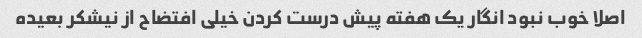
اصلا خوب نبود انگار یک هفته پیش درست کردن خیلی افتضاح از نیشکر بعیده